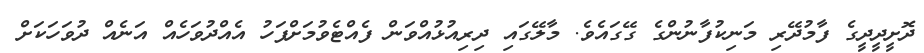
ދޮށީދީދީގެ ފާމުދޭރި މަނިކުފާނުންގެ ގޭގައެވެ. މާލޭގައި ދިރިއުޅުއްވަން ފެއްޓެވުމަށްފަހު އެއްދުވަހެއް އަނެއް ދުވަހަކަށް